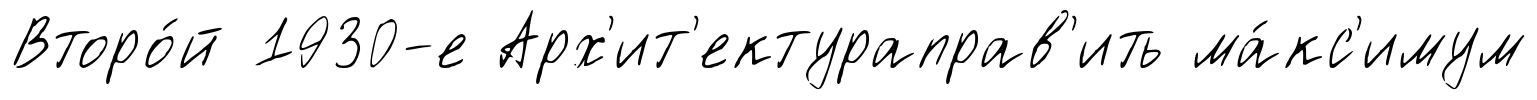
Второ́й 1930-е Арх'ит'ектураправ'ить ма́кс'имум